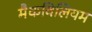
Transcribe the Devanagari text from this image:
मैकविलियम